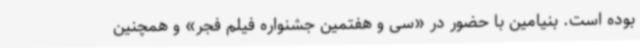
بوده است. بنیامین با حضور در «سی و هفتمین جشنواره فیلم فجر» و همچنین